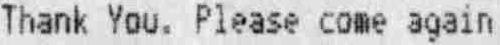
THANK YOU. PLEASE COME AGAIN